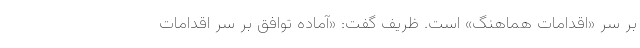
بر سر «اقدامات هماهنگ» است. ظریف گفت: «آماده توافق بر سر اقدامات